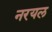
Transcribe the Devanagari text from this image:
नरयल